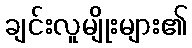
ချင်းလူမျိုးများ၏